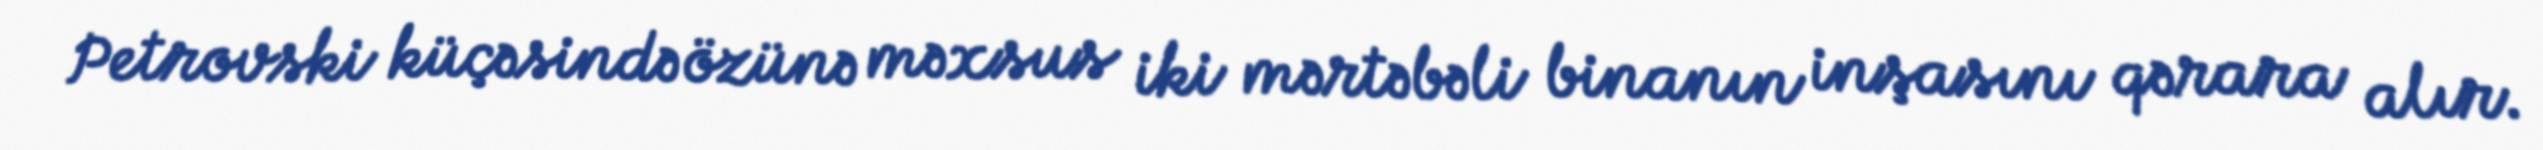
Petrovski küçəsində özünə məxsus iki mərtəbəli binanın inşasını qərara alır.